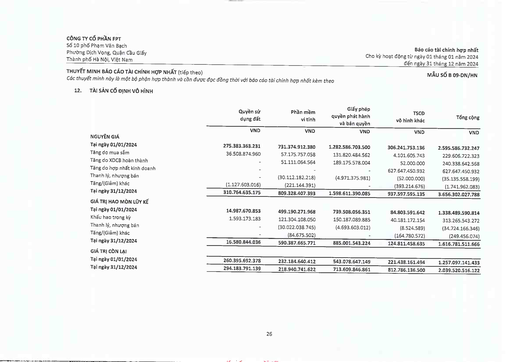
||Quyền sử dụng đất|Phần mềm vi tính|Giấy phép quyền phát hành và bán quyền|TSCĐ vô hình khác|Tổng cộng| |---|---|---|---|---|---| ||VND|VND|VND|VND|VND| |NGUYÊN GIÁ|||||| |Tại ngày 01/01/2024|275383363231|731374912380|1282586703500|306241753136|2595586732247| |Tăng do mua sắm|36508874960|57175757058|131820484562|4101605743|229606722323| |Tăng do XDCB hoàn thành|-|51111064564|189175578004|52000000|240338642568| |Tăng do hợp nhất kinh doanh|-||-|627647450932|627647450932| |Thanh lý, nhượng bán||(30112182218)|(4971375981)|(52000000)|(35135558199)| |Tăng/(Giảm) khác|(1127603016)|(221144391)||(393214676)|(1741962083)| |Tại ngày 31/12/2024|310764635175|809328407393|1598611390085|937597595135|3656302027788| |GIÁ TRỊ HAO MÒN LŨY KẾ|||||| |Tại ngày 01/01/2024|14987670853|499190271968|739508056351|84803591642|1338489590814| |Khấu hao trong kỳ|1593173183|121304108050|150187089885|40181172154|313265543272| |Thanh lý, nhượng bán|-|(30022038745)|(4693603012)|(8524589)|(34724166346)| |Tăng/(Giảm) khác|-|(84675502)|-|(164780572)|(249456074)| |Tại ngày 31/12/2024|16580844036|590387665771|885001543224|124811458635|1616781511666| |GIÁ TRỊ CÒN LẠI|||||| |Tại ngày 01/01/2024|260395692378|232184640412|543078647149|221438161494|1257097141433| |Tại ngày 31/12/2024|294183791139|218940741622|713609846861|812786136500|2039520516122|